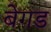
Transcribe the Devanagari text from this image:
बेगड